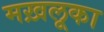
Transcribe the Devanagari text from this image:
मख़लूका